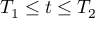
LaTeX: T _ { 1 } \leq t \leq T _ { 2 }